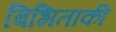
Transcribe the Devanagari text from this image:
बिभिताकी